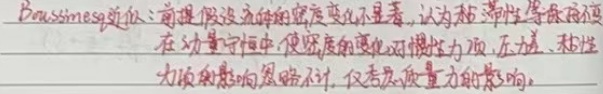
Boussinesq近似：前提假设流体的密度变化不显著，认为黏滞性等保持不变。在动量守恒中，使密度的变化对惯性力项、压力、黏性力项的影响忽略不计，仅考虑质量力的影响。